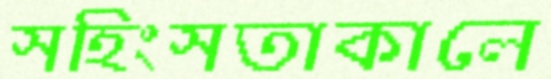
সহিংসতাকালে